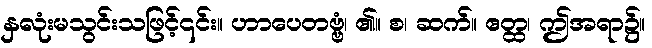
နှလုံးမသွင်းသဖြင့်၎င်း။ ဟာပေတဗ္ဗံ၊ ၏။ စ၊ ဆက်။ ဧတ္ထ၊ ဤအရာ၌။